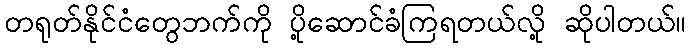
တရုတ်နိုင်ငံတွေဘက်ကို ပို့ဆောင်ခံကြရတယ်လို့ ဆိုပါတယ်။